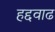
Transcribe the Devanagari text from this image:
हद्दवाढ